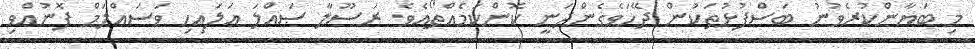
މި ބަޔާންކުރެވުނު ބަސްފުޅުތަކުން ދޭހަވެގެންދަނީ ކޮންކަމެއްތޯއެވެ. ރަސޫލާ ޞައްލަ ޢަލައިހި ވަސައްލަމް ފޮނުއްވި